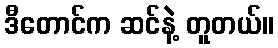
ဒီတောင်က ဆင်နဲ့ တူတယ်။